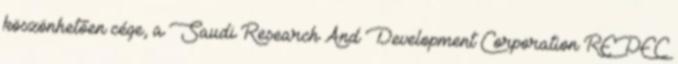
köszönhetően cége, a Saudi Research And Development Corporation REDEC